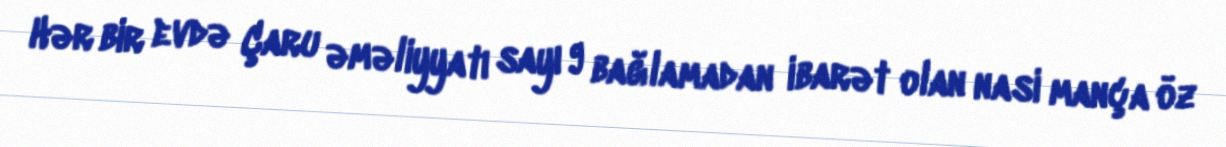
Hər bir evdə Çaru əməliyyatı sayı 9 bağlamadan ibarət olan nasi mança öz